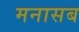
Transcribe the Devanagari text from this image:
मनासब